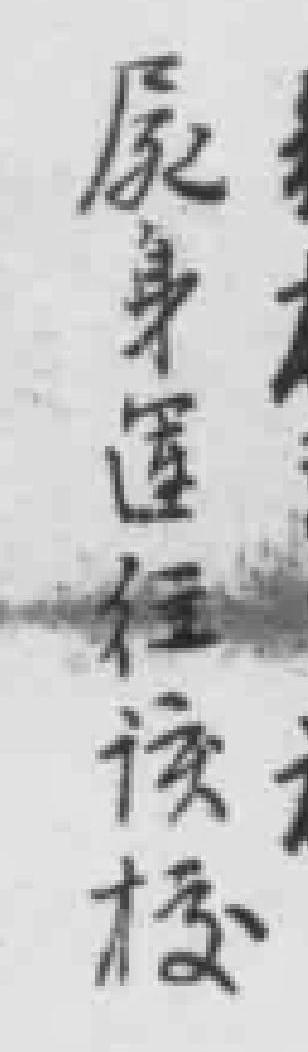
屍身運往该校